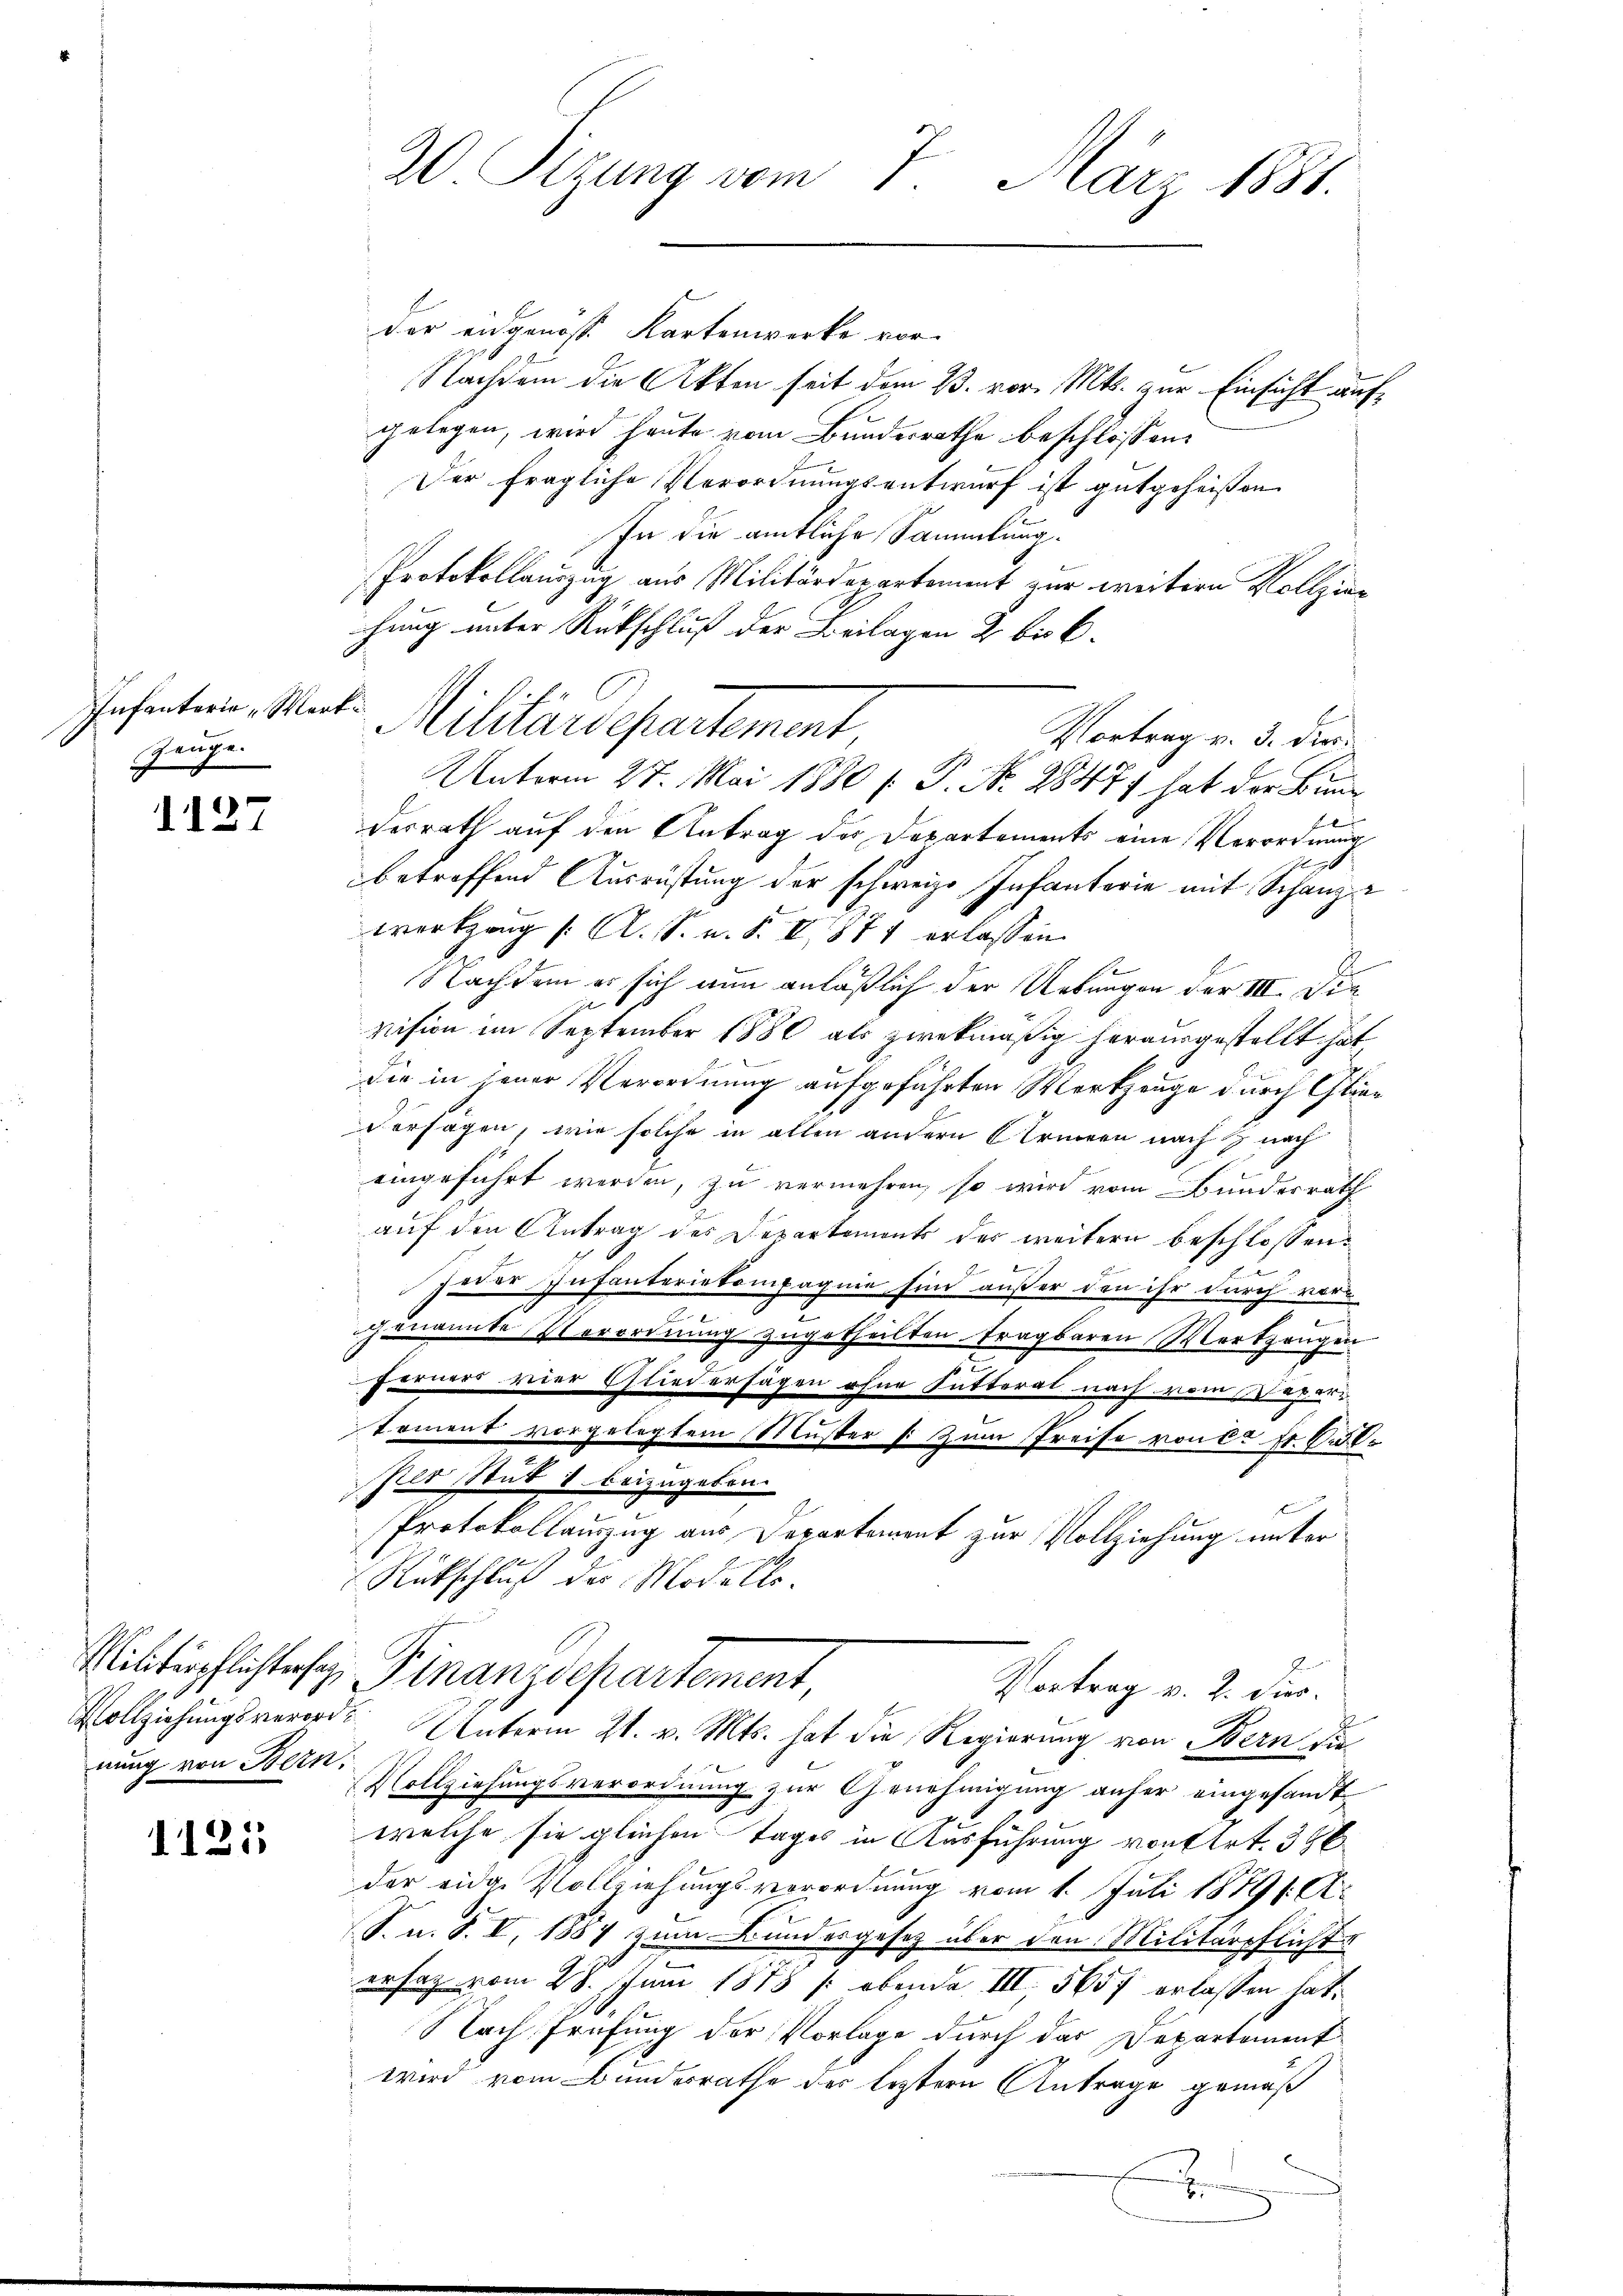
Infanterie „Werke
Zeuge.

1127

nung von Bern,

1125

20 Sizung vom 7. März 1881.

Militärdepartement

der eidgenösse Kartenwirke vor.
Nachdem die Akten seit dem 23. vor. Mts. zur Einsicht aufgelegen, wird heute vom Bundesrathe beschlossen:
Der fragliche Verordnungsentwurf ist gutgeheißen
In die amtliche Sammlung.
Protokollauszug aus Militärderartement zur weitern Vollziehung unter Rückschluß der Beilagen 2 bis 6.
Vortrag v. 3. der
Unterm 27. Mai 1880 f. P. Nr. 28477 hat der Bunde
desrath auf den Antrag der Departements eine Verordnung
betreffend Ausrüstung der schweize Infanterie mit Schanze
Werkzeug /: A. S. n. F. V 877 erlassen.
Nachdem er sich nun anläßlich der Uebungen der III. Die
vision im September 1880 als zwekmäßig herausgestellt hat,
die in jener Verordnung aufgeführten Werkzeuge durch Glieversagen, wie solche in allen andern Eerneren nach  nach
eingeführt werden, zu vermehren, so wird vom Bundesrath
auf den Antrag des Departemonts der weitern beschlossen:
zner Infanteriekompagnie sind außer den ihr durch vore
genannte Verordnung zugetheilten tragbaren Wortgangen
u
Forner vier Gliedersagen ohne Sutterat nach vom aperkoment vorgelegtem Muster (: Zum Preise von ca Fr. 6.
per Stub & beizugeben.
f
Protokollauszug aus Departement zur Vollziehung unter
Rückschluß der Modelle.
Rinterpflichters Finanzdepartement,
Vortrag v. 2. dir.
Vollziehungsverorden Unterm 21. v. Mts. hat die Regierung von Bern die
Vollziehungsverordnung zur Genehmigung anher eingesandt
welche sie gleichen Tages in Ausführung von Art. 386
der eide Vollziehungsverordnung vom 1. Juli 1879 /: A.
S.n. S. I, 1887 zum Bundesgesetz über den Militärpflichte
ersatz vom 28. Juni 1875 (obende III, 565 f erlassen hat.
Nach Prüfung der Vorlage durch das Departement
wird vom Bundesrathe der leztern Antrage gemäß
.
.
b